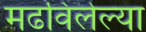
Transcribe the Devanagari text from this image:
मढविलेल्या